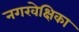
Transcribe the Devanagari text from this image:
नगरवेक्षिका